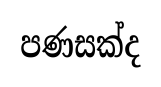
පණසක්ද